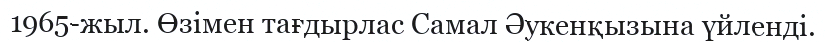
1965-жыл. Өзімен тағдырлас Самал Әукенқызына үйленді.